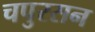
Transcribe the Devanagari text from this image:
चपुरसन